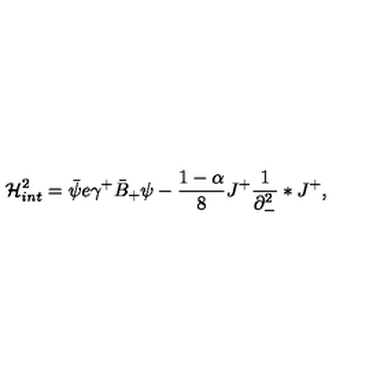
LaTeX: { \cal H } _ { i n t } ^ { 2 } = \bar { \psi } e \gamma ^ { + } \bar { B } _ { + } \psi - \frac { 1 - \alpha } { 8 } J ^ { + } \frac { 1 } { \partial _ { - } ^ { 2 } } \ast J ^ { + } ,